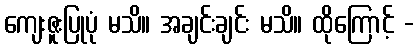
ကျေးဇူးပြုပုံ မသိ။ အချင်းချင်း မသိ။ ထိုကြောင့် -